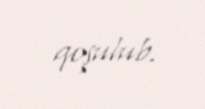
qoşulub.